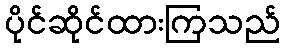
ပိုင်ဆိုင်ထားကြသည်